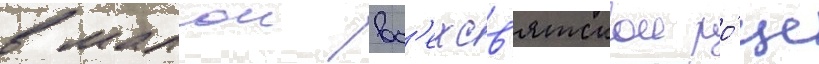
в малои вс'ехсв'ятскои ро́ще